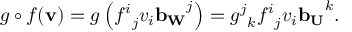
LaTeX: g \circ f ( \mathbf { v } ) = g \left( { f ^ { i } } _ { j } v _ { i } \mathbf { b _ { W } } ^ { j } \right) = { g ^ { j } } _ { k } { f ^ { i } } _ { j } v _ { i } \mathbf { b _ { U } } ^ { k } .